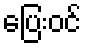
ပြေးဝင်